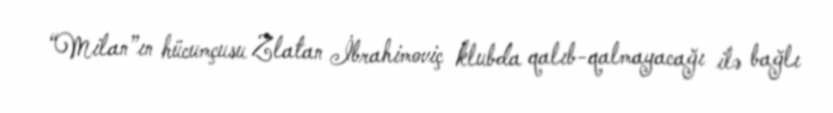
“Milan”ın hücumçusu Zlatan İbrahimoviç klubda qalıb-qalmayacağı ilə bağlı